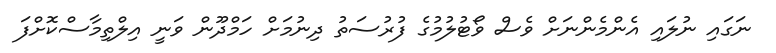
ނަގައި ނުލައި އެންމެންނަށް ވެސް ވޯޓުލުމުގެ ފުރުސަތު ދިނުމަށް ހަމްދޫން ވަނީ އިލްތިމާސްކޮށްފަ